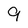
Character: 9